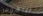
بيتهوفن